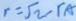
r = \sqrt { 2 } r A